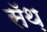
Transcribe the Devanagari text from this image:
सॅथ़